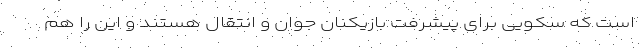
است که سکویی برای پیشرفت بازیکنان جوان و انتقال هستند و این را هم